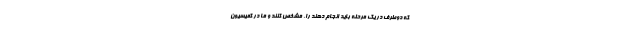
که دوطرف در یک مرحله باید انجام دهند را، مشخص کنند و ما در کمیسیون